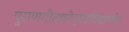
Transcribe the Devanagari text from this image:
पुराणगीतकोदण्डविद्यार्णव